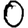
Digit: 0